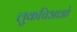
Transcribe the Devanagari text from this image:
लुकचिआओ